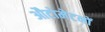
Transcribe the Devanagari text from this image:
औटोमेटनों